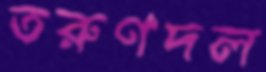
তরুণদল